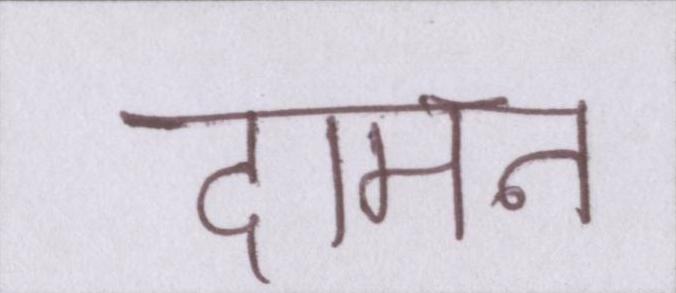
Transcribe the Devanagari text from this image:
दामन